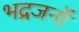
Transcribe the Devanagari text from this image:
भद्रजनों